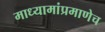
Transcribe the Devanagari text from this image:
माध्यामांप्रमाणेच